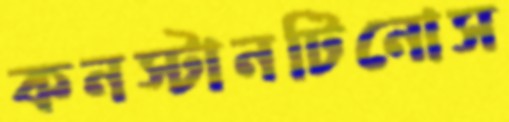
কনস্টানটিনোস